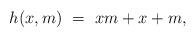
LaTeX: \begin{align*}h(x,m) \ = \ xm + x + m,\end{align*}